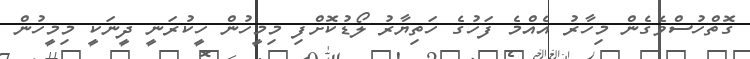
ގޮތްހުސްވެގެން މިހާރު އެއްމެ ފަހުގެ ހަތިޔާރު ލޯޑުކޮށްފި މިމީހުން ހީކުރަނީ ދީނަކީ މިމީހުން